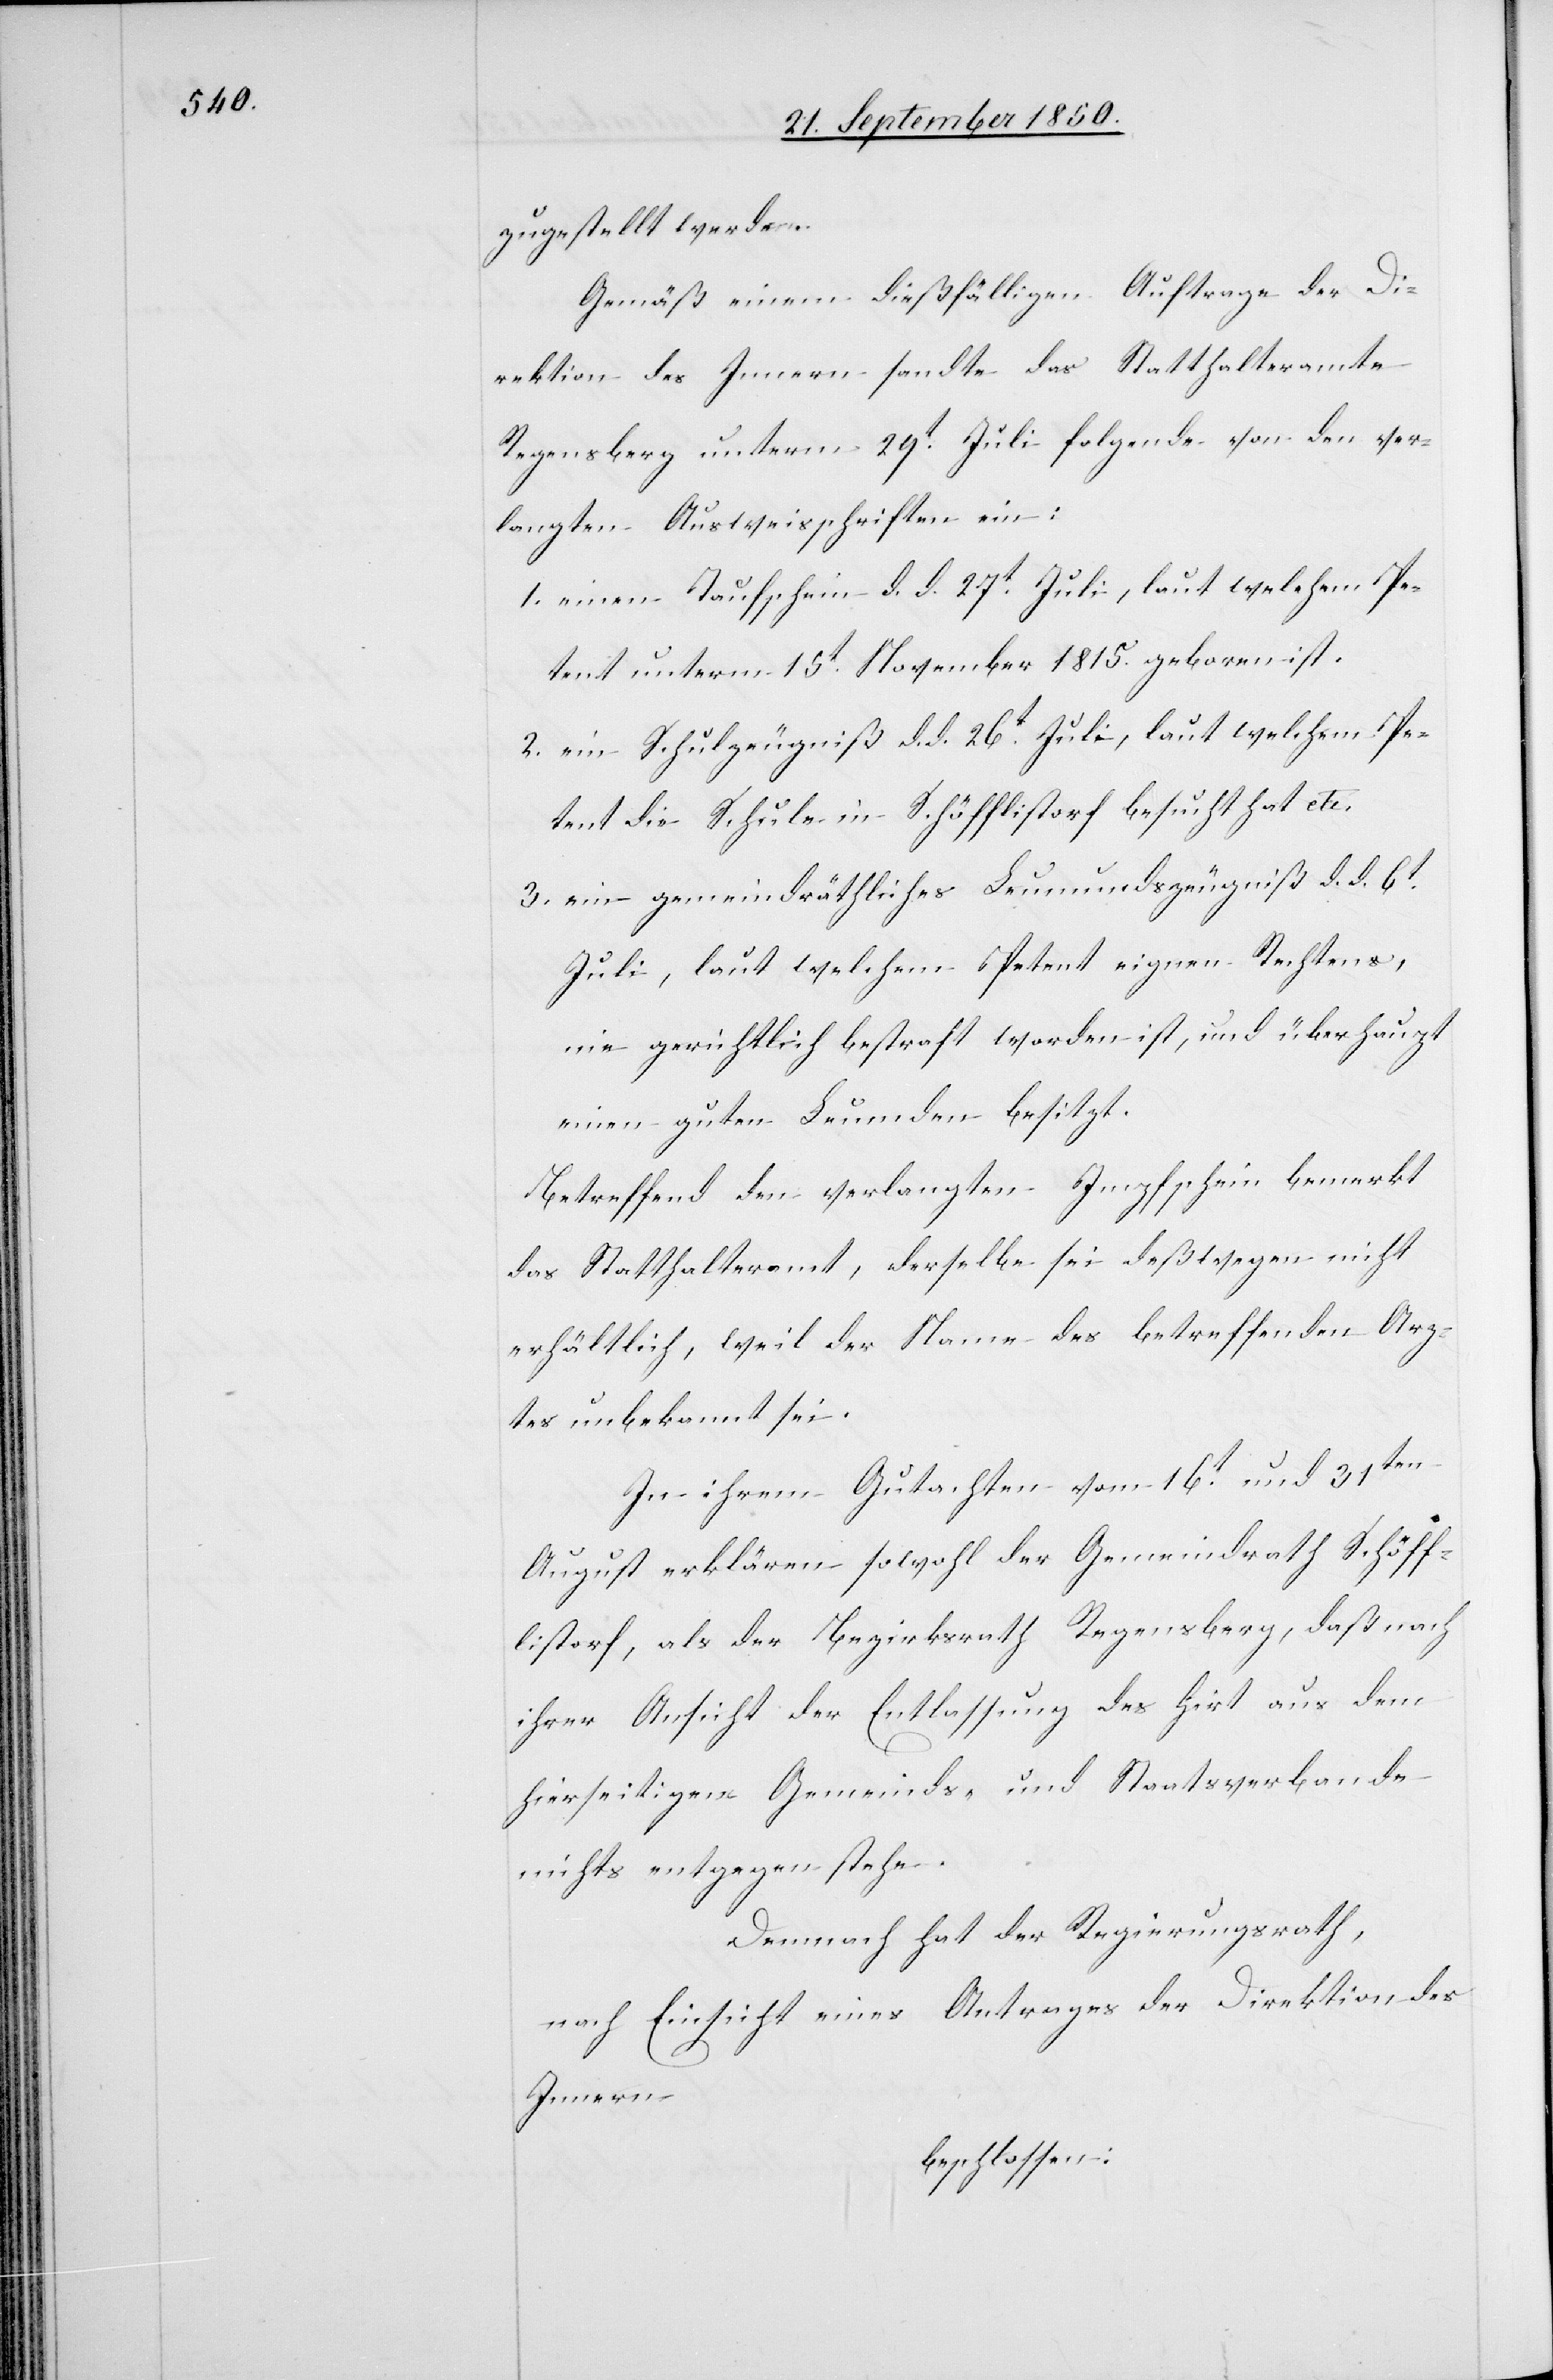
zugestellt werden.
Gemäß einem dießfälligen Auftrage der Di¬
rektion des Innern sandte das Statthalteramte
Regensberg unterm 29t Juli folgende von den ver¬
langten Ausweisschriften ein:
1. einen Taufschein d. d. 27t Juli, laut welchem Pe¬
tent unterm 15t November 1815. geboren ist.
2. ein Schulzeugniß d. d. 26t Juli, laut welchem Pe¬
tent die Schule in Schöfflistorf besucht hat etc.
3. ein gemeindräthliches Leumundszeugniß d. d. 6t
Juli, laut welchem Petent eignen Rechtens,
nie gerichtlich bestraft worden ist, und überhaupt
einen guten Leumden besitzt.
Betreffend den verlangten Impfschein bemerkt
das Statthalteramt, derselbe sei deßwegen nicht
erhältlich, weil der Name des betreffenden Arz¬
tes unbekannt sei.
In ihrem Gutachten vom 16t und 31ten
August erklären sowohl der Gemeindrath Schöff¬
listorf, als der Bezirksrath Regensberg, daß nach
ihrer Ansicht der Entlassung des Hirt aus dem
hierseitigen Gemeinds- und Staatsverbande
nichts entgegen stehe.
Demnach hat der Regierungsrath,
nach Einsicht eines Antrages der Direktion des
Innern
beschlossen: